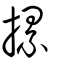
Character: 摞